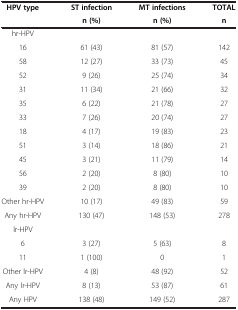
| HPV type | ST infection | MT infections | TOTAL |
 |  | n (%) | n (%) | n |
 | --- | --- | --- | --- |
 | hr-HPV |  |  |  |
 | 16 | 61 (43) | 81 (57) | 142 |
 | 58 | 12 (27) | 33 (73) | 45 |
 | 52 | 9 (26) | 25 (74) | 34 |
 | 31 | 11 (34) | 21 (66) | 32 |
 | 35 | 6 (22) | 21 (78) | 27 |
 | 33 | 7 (26) | 20 (74) | 27 |
 | 18 | 4 (17) | 19 (83) | 23 |
 | 51 | 3 (14) | 18 (86) | 21 |
 | 45 | 3 (21) | 11 (79) | 14 |
 | 56 | 2 (20) | 8 (80) | 10 |
 | 39 | 2 (20) | 8 (80) | 10 |
 | Other hr-HPV | 10 (17) | 49 (83) | 59 |
 | Any hr-HPV | 130 (47) | 148 (53) | 278 |
 | lr-HPV |  |  |  |
 | 6 | 3 (27) | 5 (63) | 8 |
 | 11 | 1 (100) | 0 | 1 |
 | Other lr-HPV | 4 (8) | 48 (92) | 52 |
 | Any lr-HPV | 8 (13) | 53 (87) | 61 |
 | Any HPV | 138 (48) | 149 (52) | 287 |